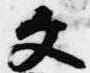
文